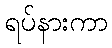
ရပ်နားကာ